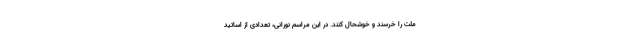
ملت را خرسند و خوشحال کنند. در این مراسم نورانی، تعدادی از اساتید